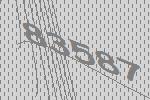
83587